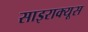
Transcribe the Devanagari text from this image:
साइराक्यूस